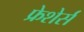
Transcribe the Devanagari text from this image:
फ्रेशेर्स